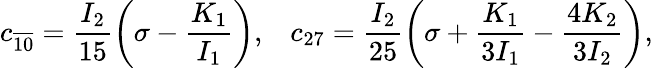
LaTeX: c_{\overline{{{10}}}}=\frac{I_{2}}{15}\left(\sigma-\frac{K_{1}}{I_{1}}\right),\; \; \; c_{27}=\frac{I_{2}}{25}\left(\sigma+\frac{K_{1}}{3I_{1}}-\frac{4K_{2}}{3I_{2}}\right),